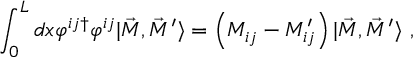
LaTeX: \int _ { 0 } ^ { L } d x \varphi ^ { i j \dagger } \varphi ^ { i j } | \vec { M } , \vec { M } ^ { \prime } \rangle = \left( M _ { i j } - M _ { i j } ^ { \prime } \right) | \vec { M } , \vec { M } ^ { \prime } \rangle \ ,